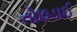
તોછડાઈ